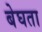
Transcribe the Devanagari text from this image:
बेघता